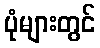
ပုံများတွင်